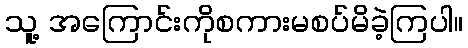
သူ့ အကြောင်းကိုစကားမစပ်မိခဲ့ကြပါ။